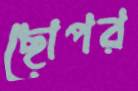
ছোপর